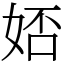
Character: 娝